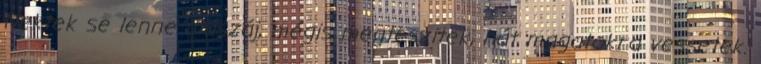
Nektek se lenne muszáj, mégis megteszitek, hát magatokra vessetek.